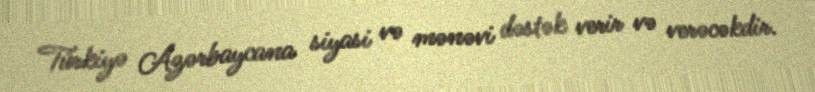
Türkiyə Azərbaycana siyasi və mənəvi dəstək verir və verəcəkdir.